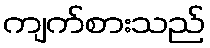
ကျက်စားသည်